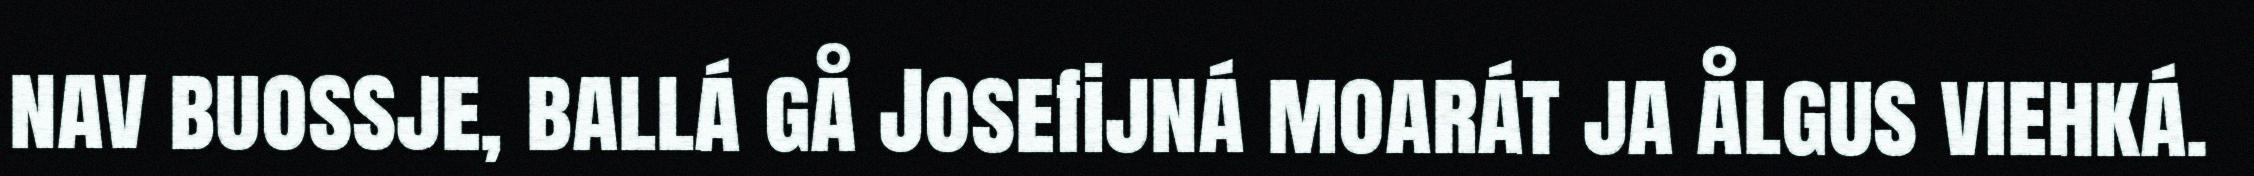
nav buossje, ballá gå Josefijná moarát ja ålgus viehká.